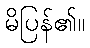
မိပြန်၏။